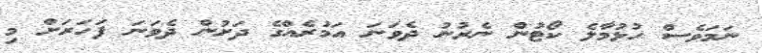
ނަމަވެސް ހުޅުމާލެ ކޯޓުން ނެރުނު ދެވަނަ އަމުރެއްގެ ދަށުން ދެވަނަ ފަހަރަށް މި